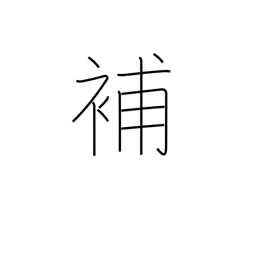
Meaning: supplement